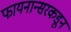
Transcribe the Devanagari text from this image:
फायनान्सरकडून